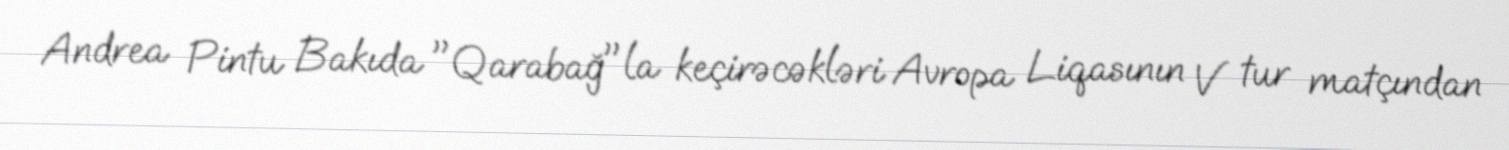
Andrea Pintu Bakıda "Qarabağ"la keçirəcəkləri Avropa Liqasının V tur matçından